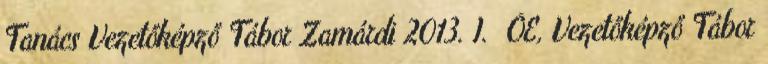
Tanács Vezetőképző Tábor Zamárdi 2013. I. ÓE, Vezetőképző Tábor